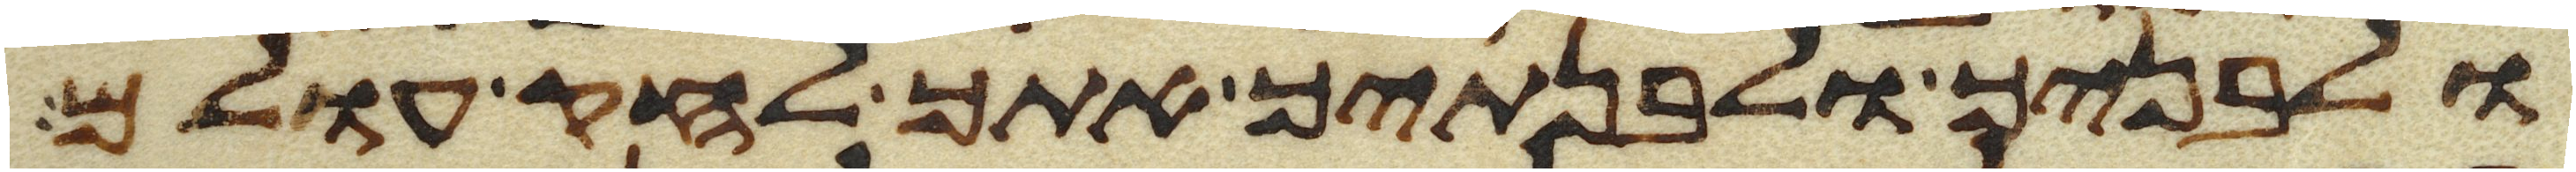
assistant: ולבניך ולבנתיך אתך לחק עולם